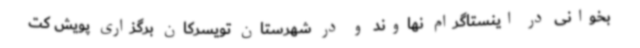
بخوانی در اینستاگرام نهاوند و در شهرستان تویسرکان برگزاری پویش کت